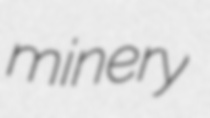
minery